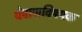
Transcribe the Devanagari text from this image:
घेवाणविषयक